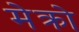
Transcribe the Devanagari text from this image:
मेक्रो